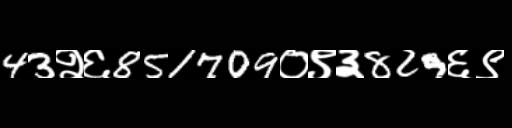
Text: 43२६851709०९३829६९